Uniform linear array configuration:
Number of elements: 64
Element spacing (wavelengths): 0.25
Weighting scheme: hann
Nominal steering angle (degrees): -15
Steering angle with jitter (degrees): -15.459
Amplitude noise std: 0.05
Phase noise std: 0.05

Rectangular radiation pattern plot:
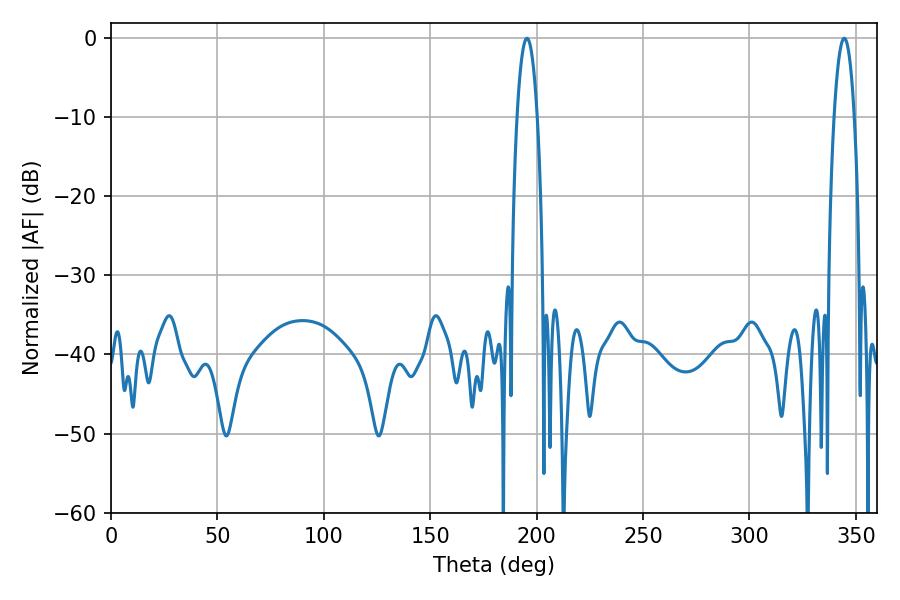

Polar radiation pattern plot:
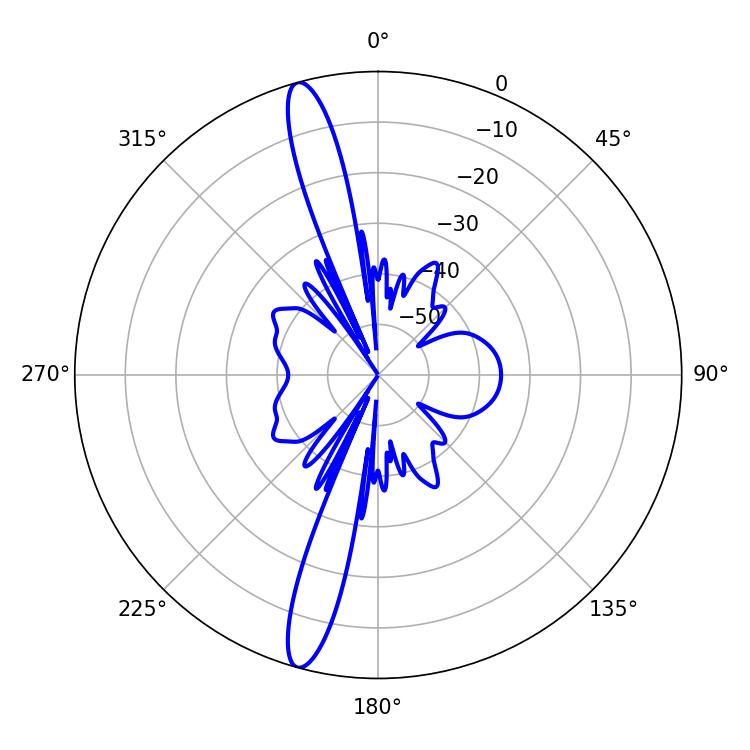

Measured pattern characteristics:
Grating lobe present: FALSE
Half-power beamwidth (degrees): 5.4
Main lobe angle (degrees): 195.48